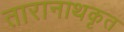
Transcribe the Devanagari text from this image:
तारानाथकृत